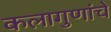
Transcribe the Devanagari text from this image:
कलागुणांचे